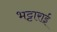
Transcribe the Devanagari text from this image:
भट्टाराई